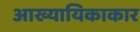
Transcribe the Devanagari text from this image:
आख्यायिकाकार